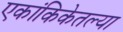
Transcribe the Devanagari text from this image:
एकांकिकेतल्या